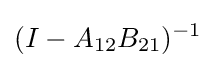
(I-A_{12}B_{21})^{-1}